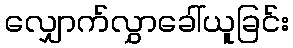
လျှောက်လွှာခေါ်ယူခြင်း